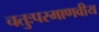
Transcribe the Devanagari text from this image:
चतुःपरमाणवीय